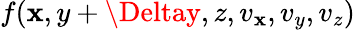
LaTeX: f(\mathbf{x},y+\Deltay,z,v_{\mathbf{x}},v_{y},v_{z})